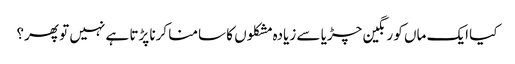
کیا ایک ماں کو رنگین چڑیا سے زیادہ مشکلوں کا سامنا کرنا پڑتا ہے نہیں تو پھر؟